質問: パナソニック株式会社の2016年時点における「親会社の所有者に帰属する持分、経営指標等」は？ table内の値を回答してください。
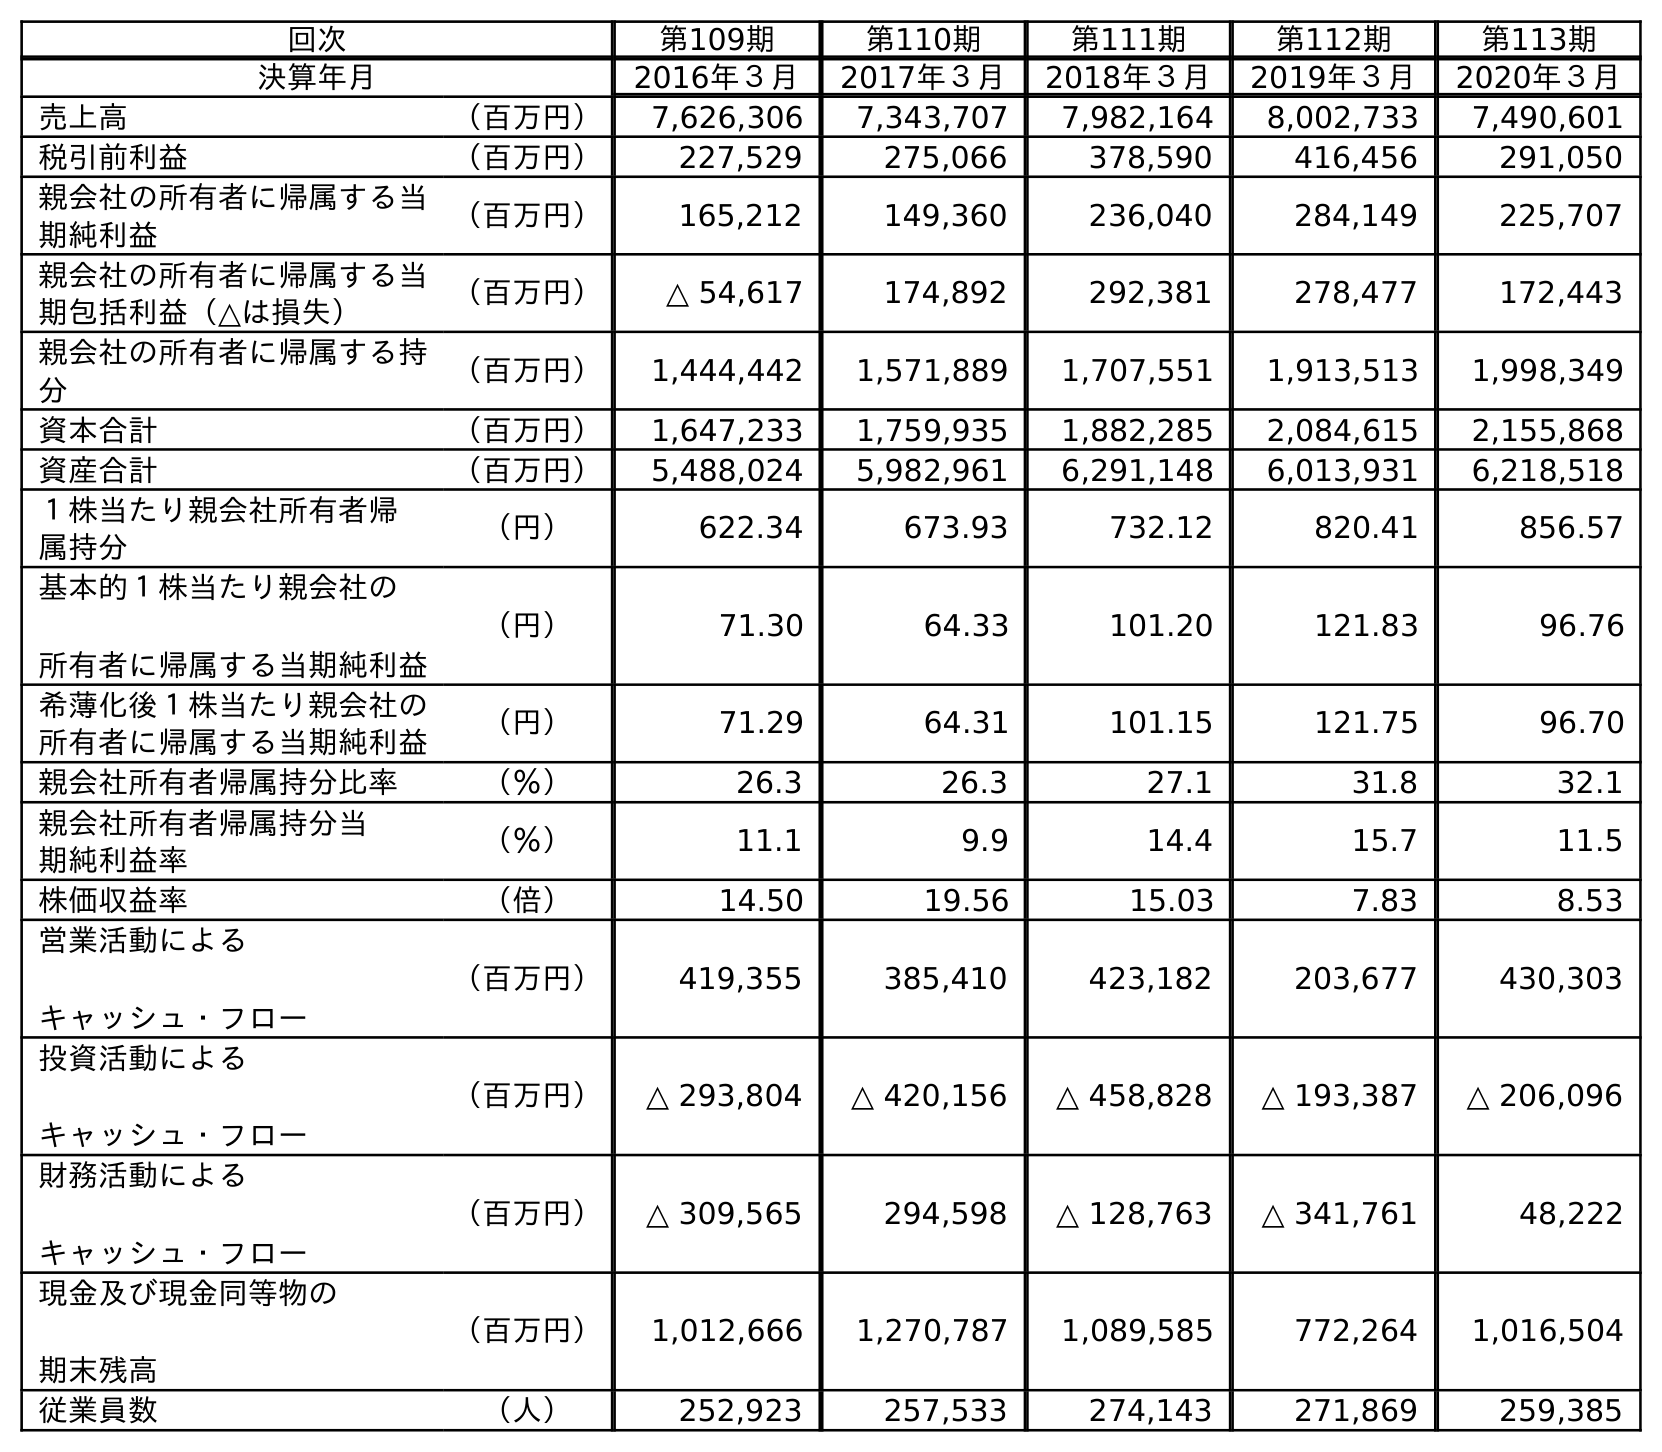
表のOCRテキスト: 回次 第109期 第110期 第111期 第112期 第113期 決算年月 2016年３月 2017年３月 2018年３月 2019年３月 2020年３月 売上高 （百万円） 7,626,306 7,343,707 7,982,164 8,002,733 7,490,601 税引前利益 （百万円） 227,529 275,066 378,590 416,456 291,050 親会社の所有者に帰属する当 期純利益 （百万円） 165,212 149,360 236,040 284,149 225,707 親会社の所有者に帰属する当 期包括利益（△は損失） （百万円） △ 54,617 174,892 292,381 278,477 172,443 親会社の所有者に帰属する持 分 （百万円） 1,444,442 1,571,889 1,707,551 1,913,513 1,998,349 資本合計 （百万円） 1,647,233 1,759,935 1,882,285 2,084,615 2,155,868 資産合計 （百万円） 5,488,024 5,982,961 6,291,148 6,013,931 6,218,518 １株当たり親会社所有者帰 属持分 （円） 622.34 673.93 732.12 820.41 856.57 基本的１株当たり親会社の 所有者に帰属する当期純利益 （円） 71.30 64.33 101.20 121.83 96.76 希薄化後１株当たり親会社の 所有者に帰属する当期純利益 （円） 71.29 64.31 101.15 121.75 96.70 親会社所有者帰属持分比率 （％） 26.3 26.3 27.1 31.8 32.1 親会社所有者帰属持分当 期純利益率 （％） 11.1 9.9 14.4 15.7 11.5 株価収益率 （倍） 14.50 19.56 15.03 7.83 8.53 営業活動による キャッシュ・フロー （百万円） 419,355 385,410 423,182 203,677 430,303 投資活動による キャッシュ・フロー （百万円） △ 293,804 △ 420,156 △ 458,828 △ 193,387 △ 206,096 財務活動による キャッシュ・フロー （百万円） △ 309,565 294,598 △ 128,763 △ 341,761 48,222 現金及び現金同等物の 期末残高 （百万円） 1,012,666 1,270,787 1,089,585 772,264 1,016,504 従業員数 （人） 252,923 257,533 274,143 271,869 259,385
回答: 1,444,442